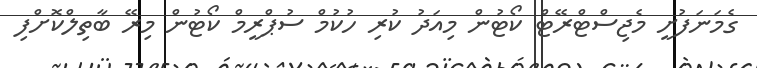
ގެމަނަފުށީ މެޖިސްޓްރޭޓް ކޯޓުން މިއަދު ކުރި ހުކުމް ސުޕްރީމް ކޯޓުން މިރޭ ބާތިލްކޮށްފި